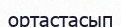
ортастасып